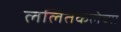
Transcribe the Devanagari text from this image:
ललितकलेच्या